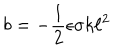
LaTeX: b = - \frac { 1 } { 2 } \epsilon \sigma k \ell ^ { 2 }